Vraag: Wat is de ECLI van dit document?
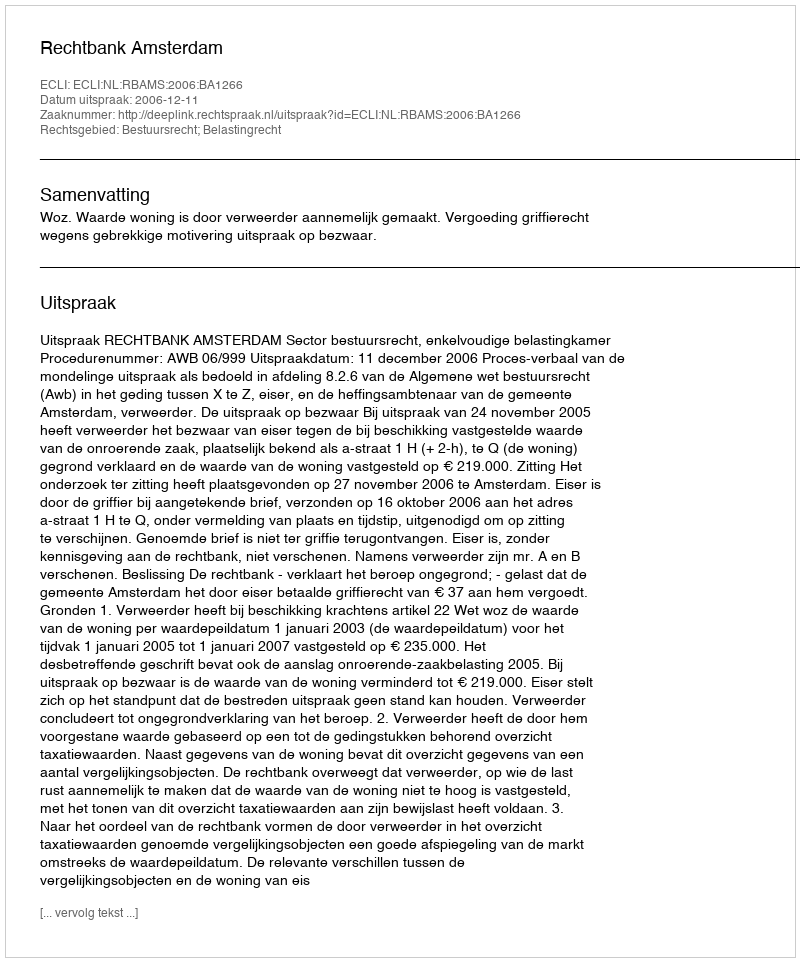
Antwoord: ECLI:NL:RBAMS:2006:BA1266